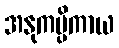
အနုကမ္ပိကာယ